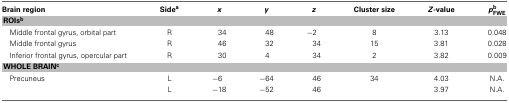
<table><thead><tr><td><b>Brain region</b></td><td><b>Side<sup>a</sup></b></td><td><b><i>x</i></b></td><td><b><i>y</i></b></td><td><b><i>z</i></b></td><td><b>Cluster size</b></td><td><b><i>Z</i>-value</b></td><td><b><i>p</i><sup>b</sup><sub>FWE</sub></b></td></tr></thead><tbody><tr><td colspan="8"><b>ROIs<sup>b</sup></b></td></tr><tr><td>Middle frontal gyrus, orbital part</td><td>R</td><td>34</td><td>48</td><td>−2</td><td>8</td><td>3.13</td><td>0.048</td></tr><tr><td>Middle frontal gyrus</td><td>R</td><td>46</td><td>32</td><td>34</td><td>15</td><td>3.81</td><td>0.028</td></tr><tr><td>Inferior frontal gyrus, opercular part</td><td>R</td><td>30</td><td>4</td><td>34</td><td>2</td><td>3.82</td><td>0.009</td></tr><tr><td colspan="8"><b>WHOLE BRAIN<sup>c</sup></b></td></tr><tr><td>Precuneus</td><td>L</td><td>−6</td><td>−64</td><td>46</td><td>34</td><td>4.03</td><td>N.A.</td></tr><tr><td></td><td>L</td><td>−18</td><td>−52</td><td>46</td><td></td><td>3.97</td><td>N.A.</td></tr></tbody></table>